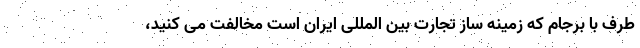
طرف با برجام که زمینه ساز تجارت بین المللی ایران است مخالفت می کنید،